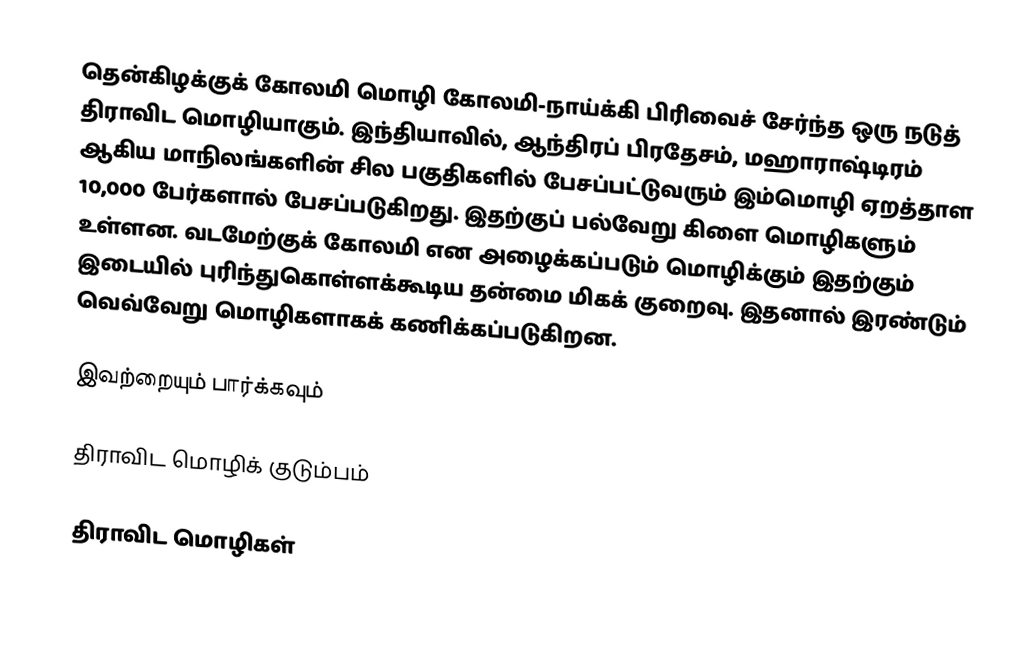
தென்கிழக்குக் கோலமி மொழி கோலமி-நாய்க்கி பிரிவைச் சேர்ந்த ஒரு நடுத் திராவிட மொழியாகும். இந்தியாவில், ஆந்திரப் பிரதேசம், மஹாராஷ்டிரம் ஆகிய மாநிலங்களின் சில பகுதிகளில் பேசப்பட்டுவரும் இம்மொழி ஏறத்தாள 10,000 பேர்களால் பேசப்படுகிறது.  இதற்குப் பல்வேறு கிளை மொழிகளும் உள்ளன. வடமேற்குக் கோலமி என அழைக்கப்படும் மொழிக்கும் இதற்கும் இடையில் புரிந்துகொள்ளக்கூடிய தன்மை மிகக் குறைவு. இதனால் இரண்டும் வெவ்வேறு மொழிகளாகக் கணிக்கப்படுகிறன.

இவற்றையும் பார்க்கவும்

 திராவிட மொழிக் குடும்பம்

திராவிட மொழிகள்